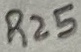
Text: R25